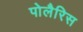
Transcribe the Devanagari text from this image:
पोलैरिस